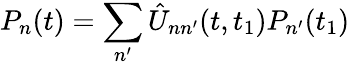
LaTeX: P_{n}(t)=\sum_{n^{\prime}}\hat{U}_{nn^{\prime}}(t,t_{1})P_{n^{\prime}}(t_{1})